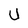
Character: U